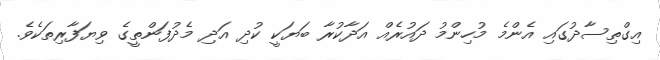
އިގްތިސާދުގައި އެންމެ މުހިންމު ދައުރެއް އަދާކުރާ ބަޔަކީ ކުދި އަދި މެދުފަންތީގެ ވިޔަފާރިތަކެވެ.